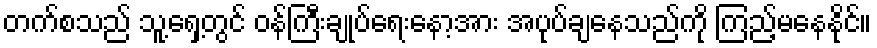
တက်စသည် သူ့ရှေ့တွင် ဝန်ကြီးချုပ်ရေးနော့အား အပုပ်ချနေသည်ကို ကြည့်မနေနိုင်။